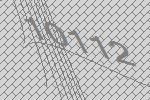
10112